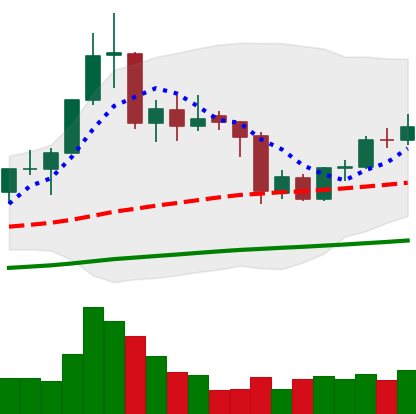
Ticker: BNB-USD
Chart end date: 2020-09-28
Forward return: 4.532%
Label: up_3_5